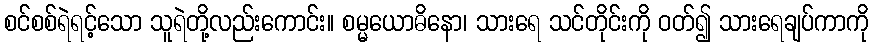
စင်စစ်ရဲရင့်သော သူရဲတို့လည်းကောင်း။ စမ္မယောဓိနော၊ သားရေ သင်တိုင်းကို ဝတ်၍ သားရေချပ်ကာကို